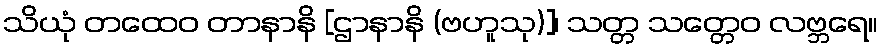
သိယုံ တထေဝ တာနာနိ [ဌာနာနိ (ဗဟူသု)]၊ သတ္တ သတ္တေဝ လဗ္ဘရေ။